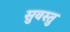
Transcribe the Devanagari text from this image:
सुवस्तु